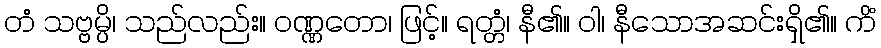
တံ သဗ္ဗမ္ပိ၊ သည်လည်း။ ဝဏ္ဏတော၊ ဖြင့်။ ရတ္တံ၊ နီ၏။ ဝါ၊ နီသောအဆင်းရှိ၏။ ကိံ